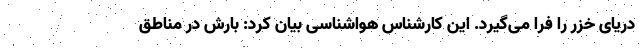
دریای خزر را فرا می‌گیرد. این کارشناس هواشناسی بیان کرد: بارش در مناطق